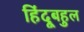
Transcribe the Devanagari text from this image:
हिंदूबहुल